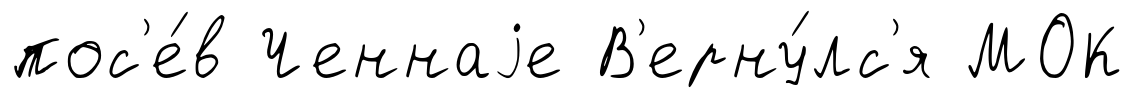
пос'е́в Ченнаjе В'ерну́лс'я МОК